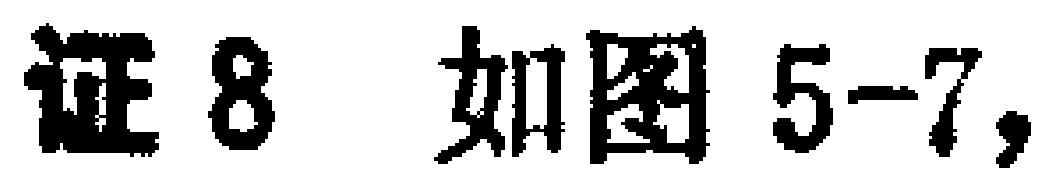
证8 如图5-7,